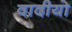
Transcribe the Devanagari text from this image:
वादीयो